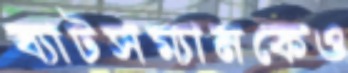
ব্যাটসম্যানকেও